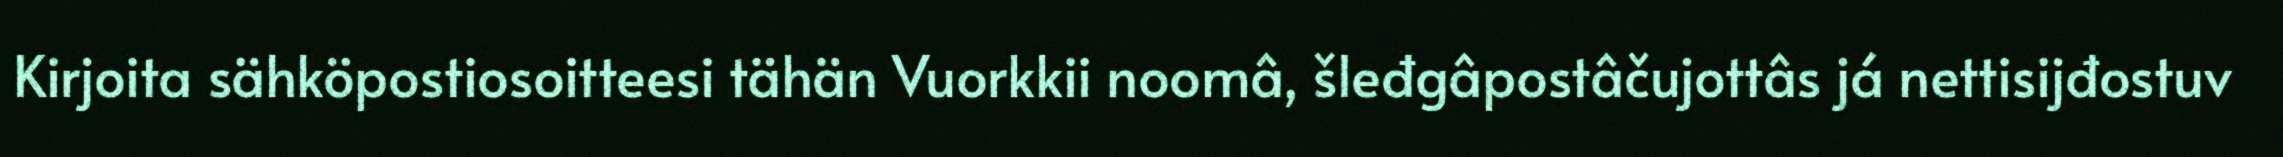
Kirjoita sähköpostiosoitteesi tähän Vuorkkii noomâ, šleđgâpostâčujottâs já nettisijđostuv